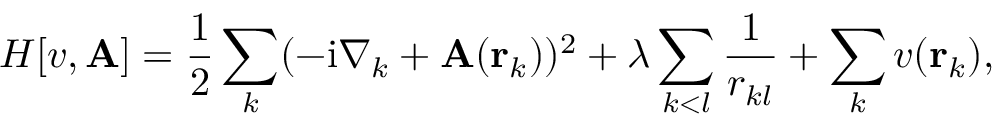
H [ v , \mathbf { A } ] = \frac { 1 } { 2 } \sum _ { k } ( - \mathrm { i } \nabla _ { k } + \mathbf { A } ( \mathbf { r } _ { k } ) ) ^ { 2 } + \lambda \sum _ { k < l } \frac { 1 } { r _ { k l } } + \sum _ { k } v ( \mathbf { r } _ { k } ) ,